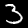
Label: 3